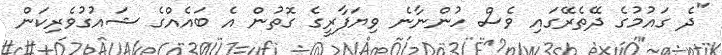
"ދެ ގައުމުގެ ދޭތެރޭގައި ވެސް ހުންނާނެ ވިޔަފާރީގެ ގޮތުން އެ ބައެއްގެ ޝައުގުވެރިކަން